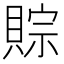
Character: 賩